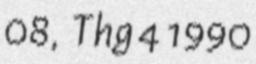
08, Thg 4 1990